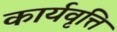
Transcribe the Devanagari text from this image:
कार्यवृत्ति